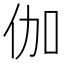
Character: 伽